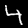
Label: 4